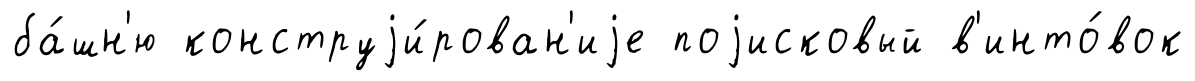
ба́шн'ю конструjи́рован'иjе поjисковый в'инто́вок